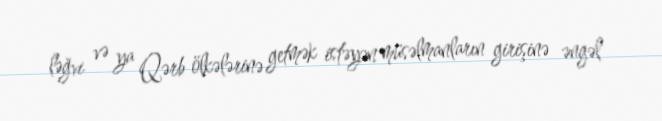
ləğvi və ya Qərb ölkələrinə getmək istəyən müsəlmanların girişinə əngəl